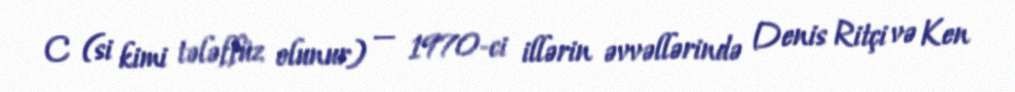
C (si kimi tələffüz olunur) — 1970-ci illərin əvvəllərində Denis Ritçi və Ken